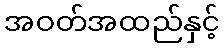
အဝတ်အထည်နှင့်